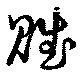
賦